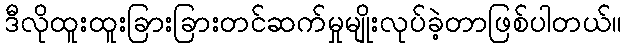
ဒီလိုထူးထူးခြားခြားတင်ဆက်မှုမျိုးလုပ်ခဲ့တာဖြစ်ပါတယ်။